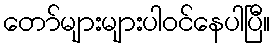
တော်များများပါဝင်နေပါပြီ။